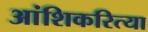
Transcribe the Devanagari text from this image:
आंशिकरित्या